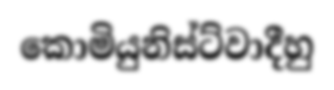
කොමියුනිස්ට්වාදීහු